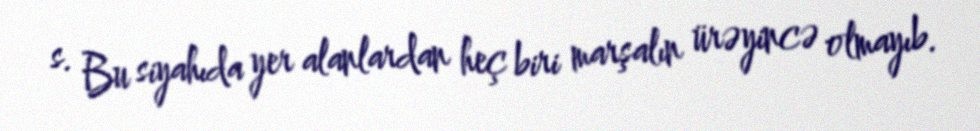
s. Bu siyahıda yer alanlardan heç biri marşalın ürəyincə olmayıb.